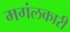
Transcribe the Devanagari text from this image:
मगंलकारी